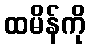
ထမိန်ကို